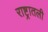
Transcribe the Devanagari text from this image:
राष्ट्रातली